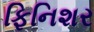
ફિનિશર